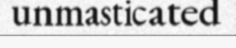
unmasticated